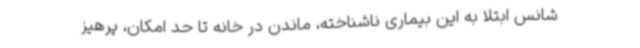
شانس ابتلا به این بیماری ناشناخته، ماندن در خانه تا حد امکان، پرهیز